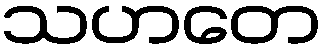
သဟတေ